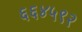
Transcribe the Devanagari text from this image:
६६४५९२